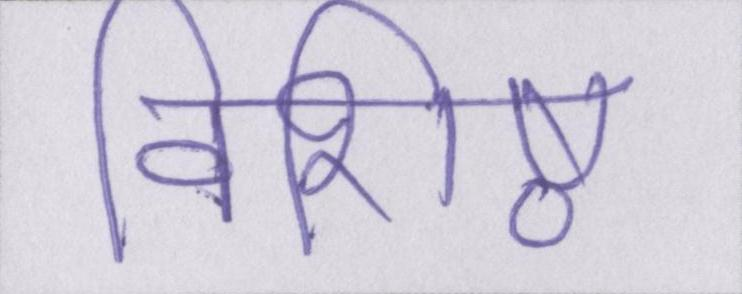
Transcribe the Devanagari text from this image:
विशिष्ठ